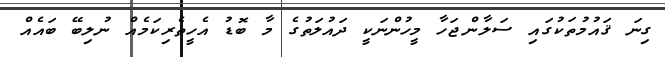
ގިނަ ޤައުމުތަކުގައި ސަލާންޖަހާ މީހުންނަކީ ދައުލަތުގެ މާ ބޮޑު އެހީތެރިކަމެއް ނުލިބޭ ބައެއް